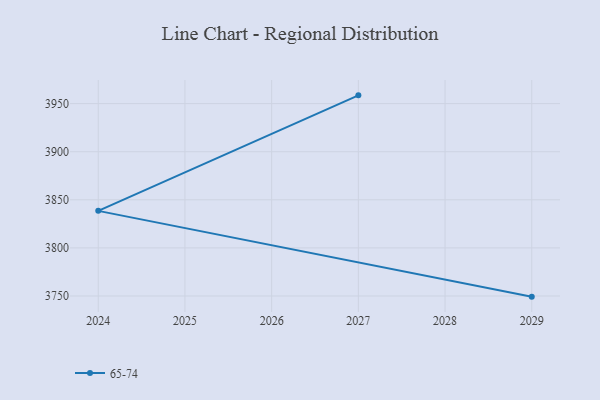
{"axis": {"x": "Year", "y": "Active Users"}, "legend": ["65-74"], "data": [{"x": "2027", "y": 3958.6, "type": "65-74"}, {"x": "2024", "y": 3838.5, "type": "65-74"}, {"x": "2029", "y": 3749.3, "type": "65-74"}]}